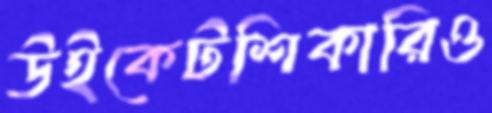
উইকেটশিকারিও